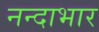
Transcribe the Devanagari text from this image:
नन्दाभार